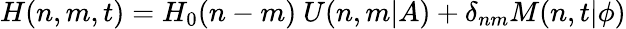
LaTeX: H(n,m,t)=H_{0}(n-m)\ U(n,m\vert A)+\delta_{nm}M(n,t\vert\phi)